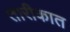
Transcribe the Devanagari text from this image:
तारीकात